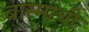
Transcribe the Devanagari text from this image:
बास्माची